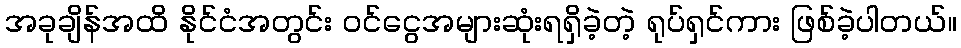
အခုချိန်အထိ နိုင်ငံအတွင်း ဝင်ငွေအများဆုံးရရှိခဲ့တဲ့ ရုပ်ရှင်ကား ဖြစ်ခဲ့ပါတယ်။